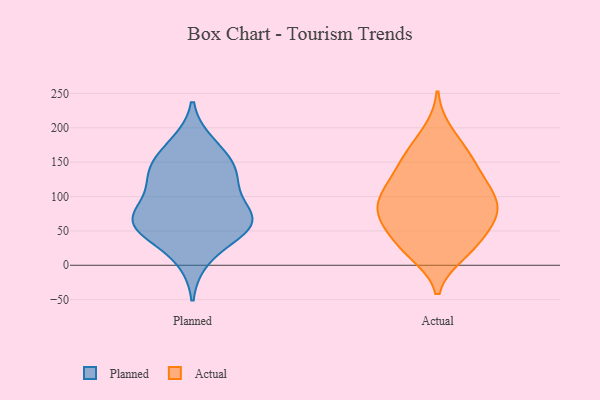
{"axis": {"x": "Inventory Turnover", "y": "Value"}, "legend": ["Actual", "Planned"], "data": [{"x": "", "y": 176, "type": "Planned"}, {"x": "", "y": 73, "type": "Planned"}, {"x": "", "y": 163, "type": "Planned"}, {"x": "", "y": 140, "type": "Planned"}, {"x": "", "y": 134, "type": "Planned"}, {"x": "", "y": 58, "type": "Planned"}, {"x": "", "y": 63, "type": "Planned"}, {"x": "", "y": 77, "type": "Planned"}, {"x": "", "y": 63, "type": "Planned"}, {"x": "", "y": 46, "type": "Planned"}, {"x": "", "y": 10, "type": "Planned"}, {"x": "", "y": 62, "type": "Planned"}, {"x": "", "y": 121, "type": "Planned"}, {"x": "", "y": 123, "type": "Planned"}, {"x": "", "y": 127, "type": "Actual"}, {"x": "", "y": 62, "type": "Actual"}, {"x": "", "y": 194, "type": "Actual"}, {"x": "", "y": 25, "type": "Actual"}, {"x": "", "y": 80, "type": "Actual"}, {"x": "", "y": 66, "type": "Actual"}, {"x": "", "y": 65, "type": "Actual"}, {"x": "", "y": 79, "type": "Actual"}, {"x": "", "y": 102, "type": "Actual"}, {"x": "", "y": 106, "type": "Actual"}, {"x": "", "y": 168, "type": "Actual"}, {"x": "", "y": 25, "type": "Actual"}, {"x": "", "y": 102, "type": "Actual"}, {"x": "", "y": 136, "type": "Actual"}, {"x": "", "y": 29, "type": "Actual"}, {"x": "", "y": 160, "type": "Actual"}, {"x": "", "y": 17, "type": "Actual"}, {"x": "", "y": 104, "type": "Actual"}, {"x": "", "y": 150, "type": "Actual"}, {"x": "", "y": 68, "type": "Actual"}]}